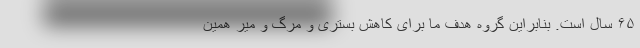
۶۵ سال است. بنابراین گروه هدف ما برای کاهش بستری و مرگ و میر همین